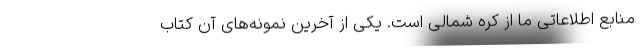
منابع اطلاعاتی ما از کره شمالی است. یکی از آخرین نمونه‌های آن کتاب